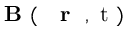
\mathrm { ~ \bf ~ B ~ } ( \mathrm { ~ { ~ \bf ~ r ~ } ~ , ~ t ~ } )